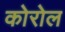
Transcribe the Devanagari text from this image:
कोरोल